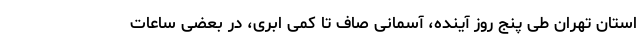
استان تهران طی پنج روز آینده، آسمانی صاف تا کمی ابری، در بعضی ساعات